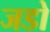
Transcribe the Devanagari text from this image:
जडो